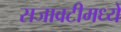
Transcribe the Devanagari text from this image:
सजावटीमध्ये